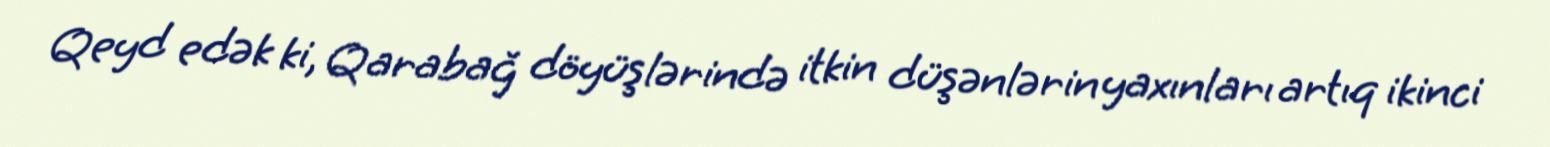
Qeyd edək ki, Qarabağ döyüşlərində itkin düşənlərin yaxınları artıq ikinci